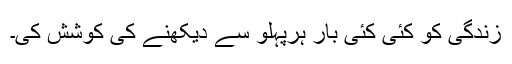
زندگی کو کئی کئی بار ہرپہلو سے دیکھنے کی کوشش کی۔